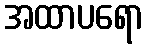
အထာပရော